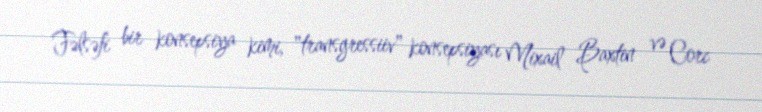
Fəlsəfi bir konsepsiya kimi, "transgressiiv" konsepsiyası Mixail Baxtin və Corc